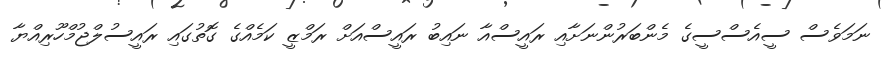
ނަމަވެސް ސީއެސްސީގެ މެންބަރުންނަށާއި ރައީސްއާ ނައިބު ރައީސްއަށް ރަމްޒީ ކަމެއްގެ ގޮތުގައި ރައީސުލްޖުމްހޫރިއްޔާ